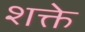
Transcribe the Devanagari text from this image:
शक्ते